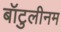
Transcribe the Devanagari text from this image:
बॉटुलीनम